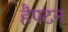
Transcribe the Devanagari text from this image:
हैपटन